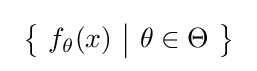
\ {\bigl \{}\ f_{\theta }(x)\ {\big |}\ \theta \in \Theta \ {\bigr \}}\